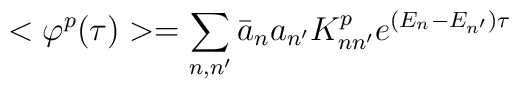
<\varphi^p(\tau)>=\sum_{n,n'}\bar a_na_{n'}K^p_{nn'}e^{(E_n-E_{n'})\tau}